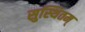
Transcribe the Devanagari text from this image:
सुस्थितम्